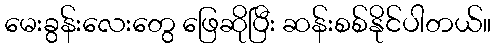
မေးခွန်းလေးတွေ ဖြေဆိုပြီး ဆန်းစစ်နိုင်ပါတယ်။